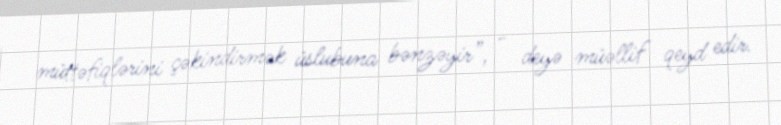
müttəfiqlərini çəkindirmək üslubuna bənzəyir”, - deyə müəllif qeyd edir.